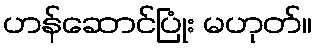
ဟန်ဆောင်ပြုံး မဟုတ်။